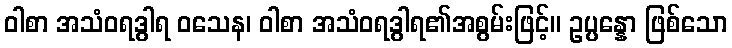
ဝါစာ အသံဝရဒွါရ ဝသေန၊ ဝါစာ အသံဝရဒွါရ၏အစွမ်းဖြင့်။ ဥပ္ပန္နော ဖြစ်သော